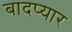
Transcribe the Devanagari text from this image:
बादप्यार